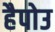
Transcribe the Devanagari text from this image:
हैपोउ